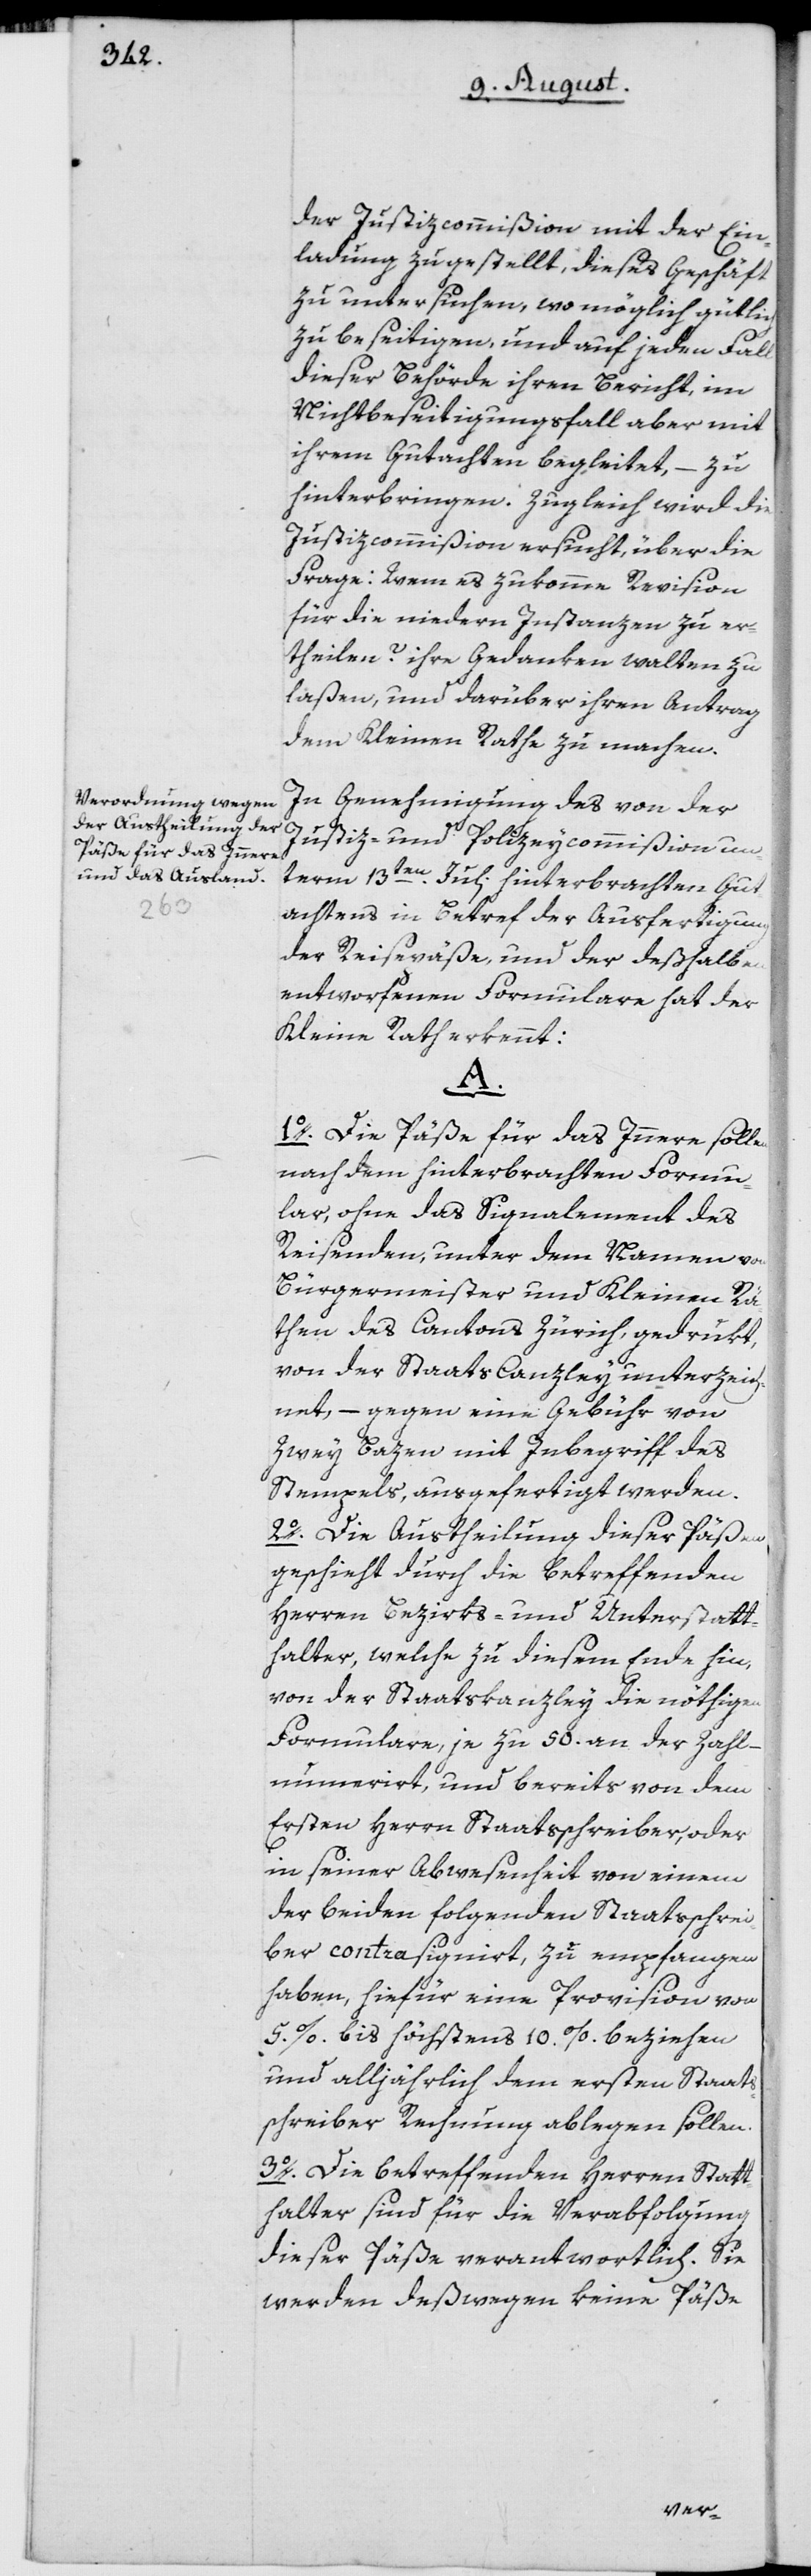
der Justizcommißion mit der Ein¬
ladung zugestellt, dieses Geschäft
zu untersuchen, womöglich gütlich
zu beseitigen, und auf jeden Fall
dieser Behörde ihren Bericht, im
Nichtbeseitigungsfall aber mit
ihrem Gutachten begleitet, – zu
hinterbringen. Zugleich wird die
Justizcommißion ersucht, über die
Frage: Wem es zukomme Revision
für die niedern Instanzen zu er¬
theilen? ihre Gedanken walten zu
laßen und darüber ihren Antrag
dem Kleinen Rathe zu machen.
In Genehmigung des von der
Justiz- und Polizeycommißion un¬
term 13ten Juli hinterbrachten Gut¬
achtens in Betref der Ausfertigung
der Reisepäße, und der deßhalben
entworfenen Formulare hat der
Kleine Rath erkennt:
A.
1o. Die Päße für das Innere sollen
nach dem hinterbrachten Formu¬
lar, ohne das Signalement des
Reisenden, unter dem Namen von
Bürgermeister und Kleinen Rä¬
then des Cantons Zürich, gedrukt,
von der Staats Canzley unterzeich¬
net, – gegen eine Gebühr von
zwei Bazen mit Inbegriff des
Stempels, ausgefertigt werden.
2o. Die Austheilung dieser Päßen
geschieht durch die betreffenden
Herren Bezirks- und Unterstatt¬
halter, welche zu diesem Ende hin,
von der Staatskanzley die nöthigen
Formulare, je zu 50. an der Zahl,
numerirt, und bereits von dem
Ersten Herrn Staatsschreiber, oder
in seiner Abwesenheit von einem
der beiden folgenden Staatsschrei¬
ber contra-signirt, zu empfangen
haben, hiefür eine Provision von
5% bis höchstens 10% beziehen
und alljährlich dem ersten Staats¬
schreiber Rechnung ablegen sollen.
3o. Die betreffenden Herren Statt¬
halter sind für die Verabfolgung
dieser Päße verantwortlich. Sie
werden deßwegen keine Päße